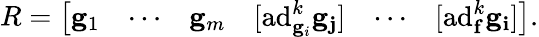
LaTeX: R={\left[\begin{array}{llllll}{\mathbf{g}_{1}}&{\cdots}&{\mathbf{g}_{m}}&{[\mathrm{ad}_{\mathbf{g}_{i}}^{k}\mathbf{\mathbf{g}_{j}}]}&{\cdots}&{[\mathrm{ad}_{\mathbf{f}}^{k}\mathbf{\mathbf{g}_{i}}]}\end{array}\right]}.